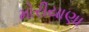
મોરીયાણા